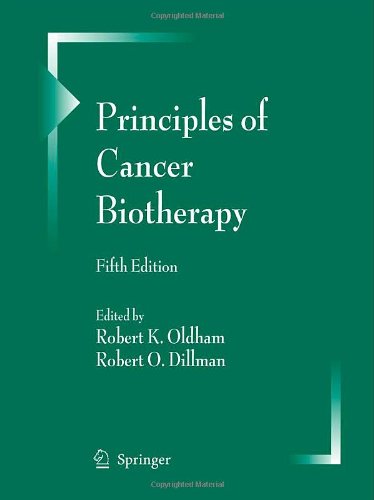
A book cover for Principles of Cancer Biotherapy; Medical Books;